Calcutta medical institutions reports 1879-81 [i.e.91]
Year: 1879
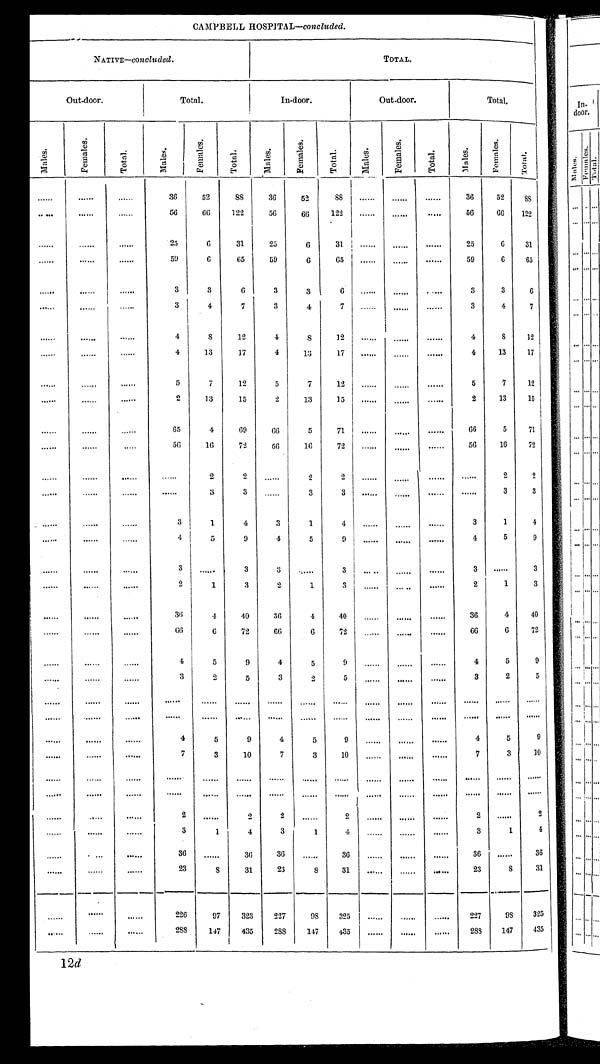
CAMPBELL HOSPITAL—concluded.
NATIVE—concluded.
TOTAL.
Out-door.
Total.
In-door.
Out-door.
Total.
M a l e s .
F e m a l e s .
T o t a l .
M a l e s .
F e m a l e s .
T o t a l .
M a l e s .
F e m a l e s .
T o t a l .
M a l e s .
F e m a l e s .
T o t a l .
M a l e s .
F e m a l e s .
T o t a l .
. . .
. . .
. . . 36
52
88
36
52
8 8
. . .
. . .
. . .
36
52
8 8
. . .
. . .
...
56
66
122
56
66
122
. . .
. . .
...
56
66 122
. . .
. . .
. . . 25
6
31
2 5
6
31
. . .
. . .
. . .
25
6
31
. . .
. . .
. . . 59
6
65
59
6
65
. . .
. . .
. . .
59
6
65
...
...
. . . 3
3
6
3
3
6
. . .
...
. . .
3
3
6
. . .
. . .
. . . 3
4
7
3
4
7
. . .
. . .
. . .
3
4
7
. . .
. . .
. . .
4
8
12
4
8
12
. . .
. . .
. . .
4
8
12
...
. . .
. . . 4
13
17
4
13
17
. . .
. . .
. . .
4
13
17
. . .
. . .
. . . 5
7
12
5
7
12
. . .
. . .
. . .
5
7
12
...
. . . ...
2
13
15
2
13
1 5
. . .
. . .
. . .
2
13
15
. . .
. . .
. . . 65
4
69
66
5
71
. . .
. . .
. . .
66
5
71
. . .
. . .
. . . 56
16
72
56
16
72
. . .
...
. . .
56
16
72
. . .
. . .
. . .
. . . 2
2
. . .
2
2
. . .
...
. . .
. . .
2
2
...
. . .
. . .
. . . 3
3
. . .
3
3
. . .
...
. . .
. . .
3
3
. . .
. . .
. . . 3
1
4
3
1
4
. . .
. . .
. . .
3
1
4
...
. . .
. . . 4
5
9
4
5
9
. . .
. . .
. . .
4
5
9
. . .
. . .
. . . 3
. . .
3
3
. . .
3
. . .
...
. . .
3
...
3
. . .
. . .
. . . 2
1
3
2
1 3
. . .
. . .
. .
. . .
2
1
3
. . .
. . .
. . . 36
4
40
3 6
4
40
. . .
. . .
. . .
36
4
40
...
...
. . . 66
6
72
66
6
72
. . .
. . .
. . .
66
6
72
. . .
. . .
. . . 4
5
9
4
5
9
. . .
. . .
...
4
5
9
. . .
. . .
. . . 3
2
5
3
2
5
. . .
. . .
. . .
3
2
5
. . .
. . .
. . .
...
. . .
. . .
. . .
. . .
. . .
. . .
. . .
. . .
. . .
. . .
. . .
...
. . .
. . . ...
. . .
. . .
. . .
. . .
. . .
. . .
. . .
. . .
. . .
. . .
. . .
. . .
. . .
. . . 4
5
9
4
5
9
. . .
. . .
. . .
4
5
9
. . .
. . .
. . . 7
3
10
7
3
10
. . .
. . .
. . .
7
3
10
. . .
. . .
. . .
. . .
. . .
. . .
. . .
. . .
. . .
. . .
. . .
. . .
. . .
. . .
...
...
. . .
. . . ...
. . .
. . .
. . .
. . .
. . .
. . . . . .
. . .
. . .
. . .
. . .
. . .
. . .
. . . 2
. . .
2
2
. . .
2
. . .
. . . . . .
2
. . .
2
. . .
. . .
. . . 3
1
4
3
1
4
. . .
. . .
. . .
3
1
4
...
. . . . . . 36
. . .
36
36
. . .
36
. . .
. . .
. . .
36
...
36
. . .
. . .
. . . 23
8
31
23
8
31
. . .
. . .
. . .
23
8
31
...
...
...
226
97
323
227
9 8
325
. . .
. . .
. . .
227
98
325
. . . . . .
. . . 288
147
435
288
147
4 3 5
. . .
...
...
288
147
435
12d